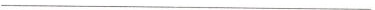
___